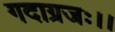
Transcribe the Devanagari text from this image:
गदाग्रजः।।